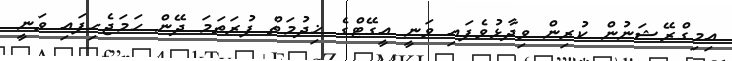
އިމިގްރޭޝަނުން ކުރިން ވިދާޅުވެފައި ވަނީ އީގޭޓްގެ ޚިދުމަތް ފުރަތަމަ ދޭން ހަމަޖެހިފައި ވަނީ